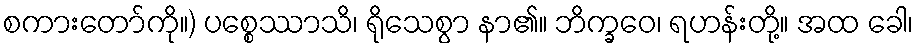
စကားတော်ကို။) ပစ္စေဿာသိ၊ ရိုသေစွာ နာ၏။ ဘိက္ခဝေ၊ ရဟန်းတို့။ အထ ခေါ၊